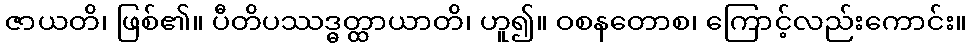
ဇာယတိ၊ ဖြစ်၏။ ပီတိပဿဒ္ဓတ္ထာယာတိ၊ ဟူ၍။ ဝစနတောစ၊ ကြောင့်လည်းကောင်း။